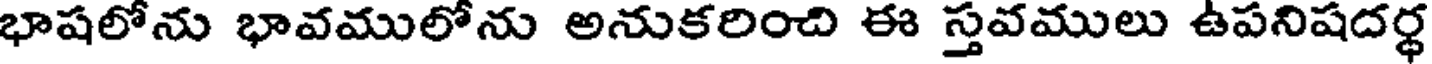
భాషలోను భావములోను అనుకరించి ఈ స్తవములు ఉపనిషదర్ధ